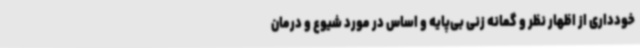
خودداری از اظهار نظر و گمانه زنی‌ بی‌پایه و اساس در مورد شیوع و درمان